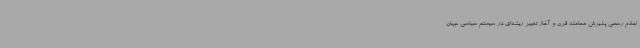
اعلام رسمی پذیرش معامله قرن و آغاز تغییر ریشه‌ای در سیستم سیاسی جهان